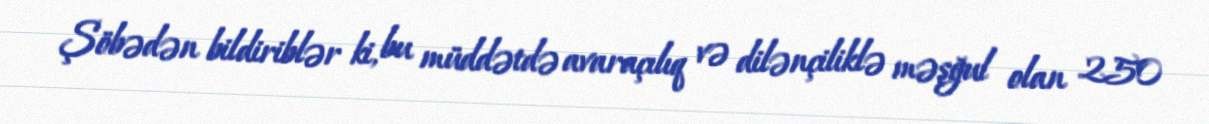
Şöbədən bildiriblər ki, bu müddətdə avaraçılıq və dilənçiliklə məşğul olan 250